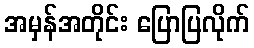
အမှန်အတိုင်း ပြောပြလိုက်